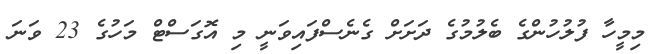
މިމީހާ ފުލުހުންގެ ބެލުމުގެ ދަށަށް ގެނެސްފައިވަނީ މި އޮގަސްޓް މަހުގެ 23 ވަނަ